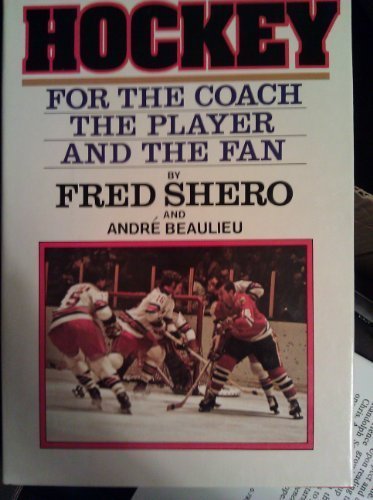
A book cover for Hockey For The Coach, The Player, And The Fan; Fred Shero; Sports & Outdoors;